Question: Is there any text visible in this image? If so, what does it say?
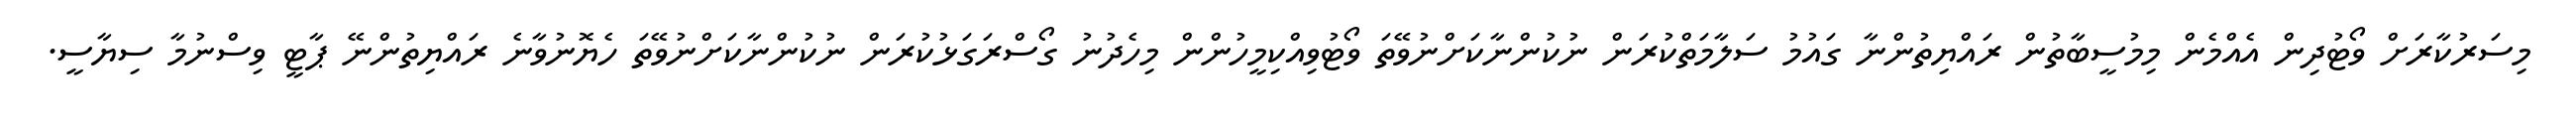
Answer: މިސަރުކާރަށް ވޯޓުދިން އެއްމެން މިމުސީބާތުން ރައްޔިތުންނާ ގައުމު ސަލާމަތްކުރަން ނުކުންނާކަށްނުވޭތަ ވޯޓުވިއްކިމީހުންން މިހެދުނު ގޯސްރަގަޅުކުރަން ނުކުންނާކަށްނުވޭތަ ހެޔޮނުވާނެ ރައްޔިތުންނޭ ޕާޓީ ވިސްނުމާ ސިޔާސީ.